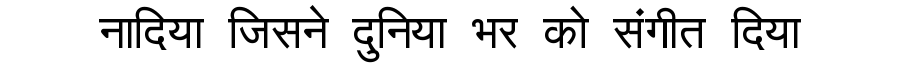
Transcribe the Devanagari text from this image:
नादिया जिसने दुनिया भर को संगीत दिया